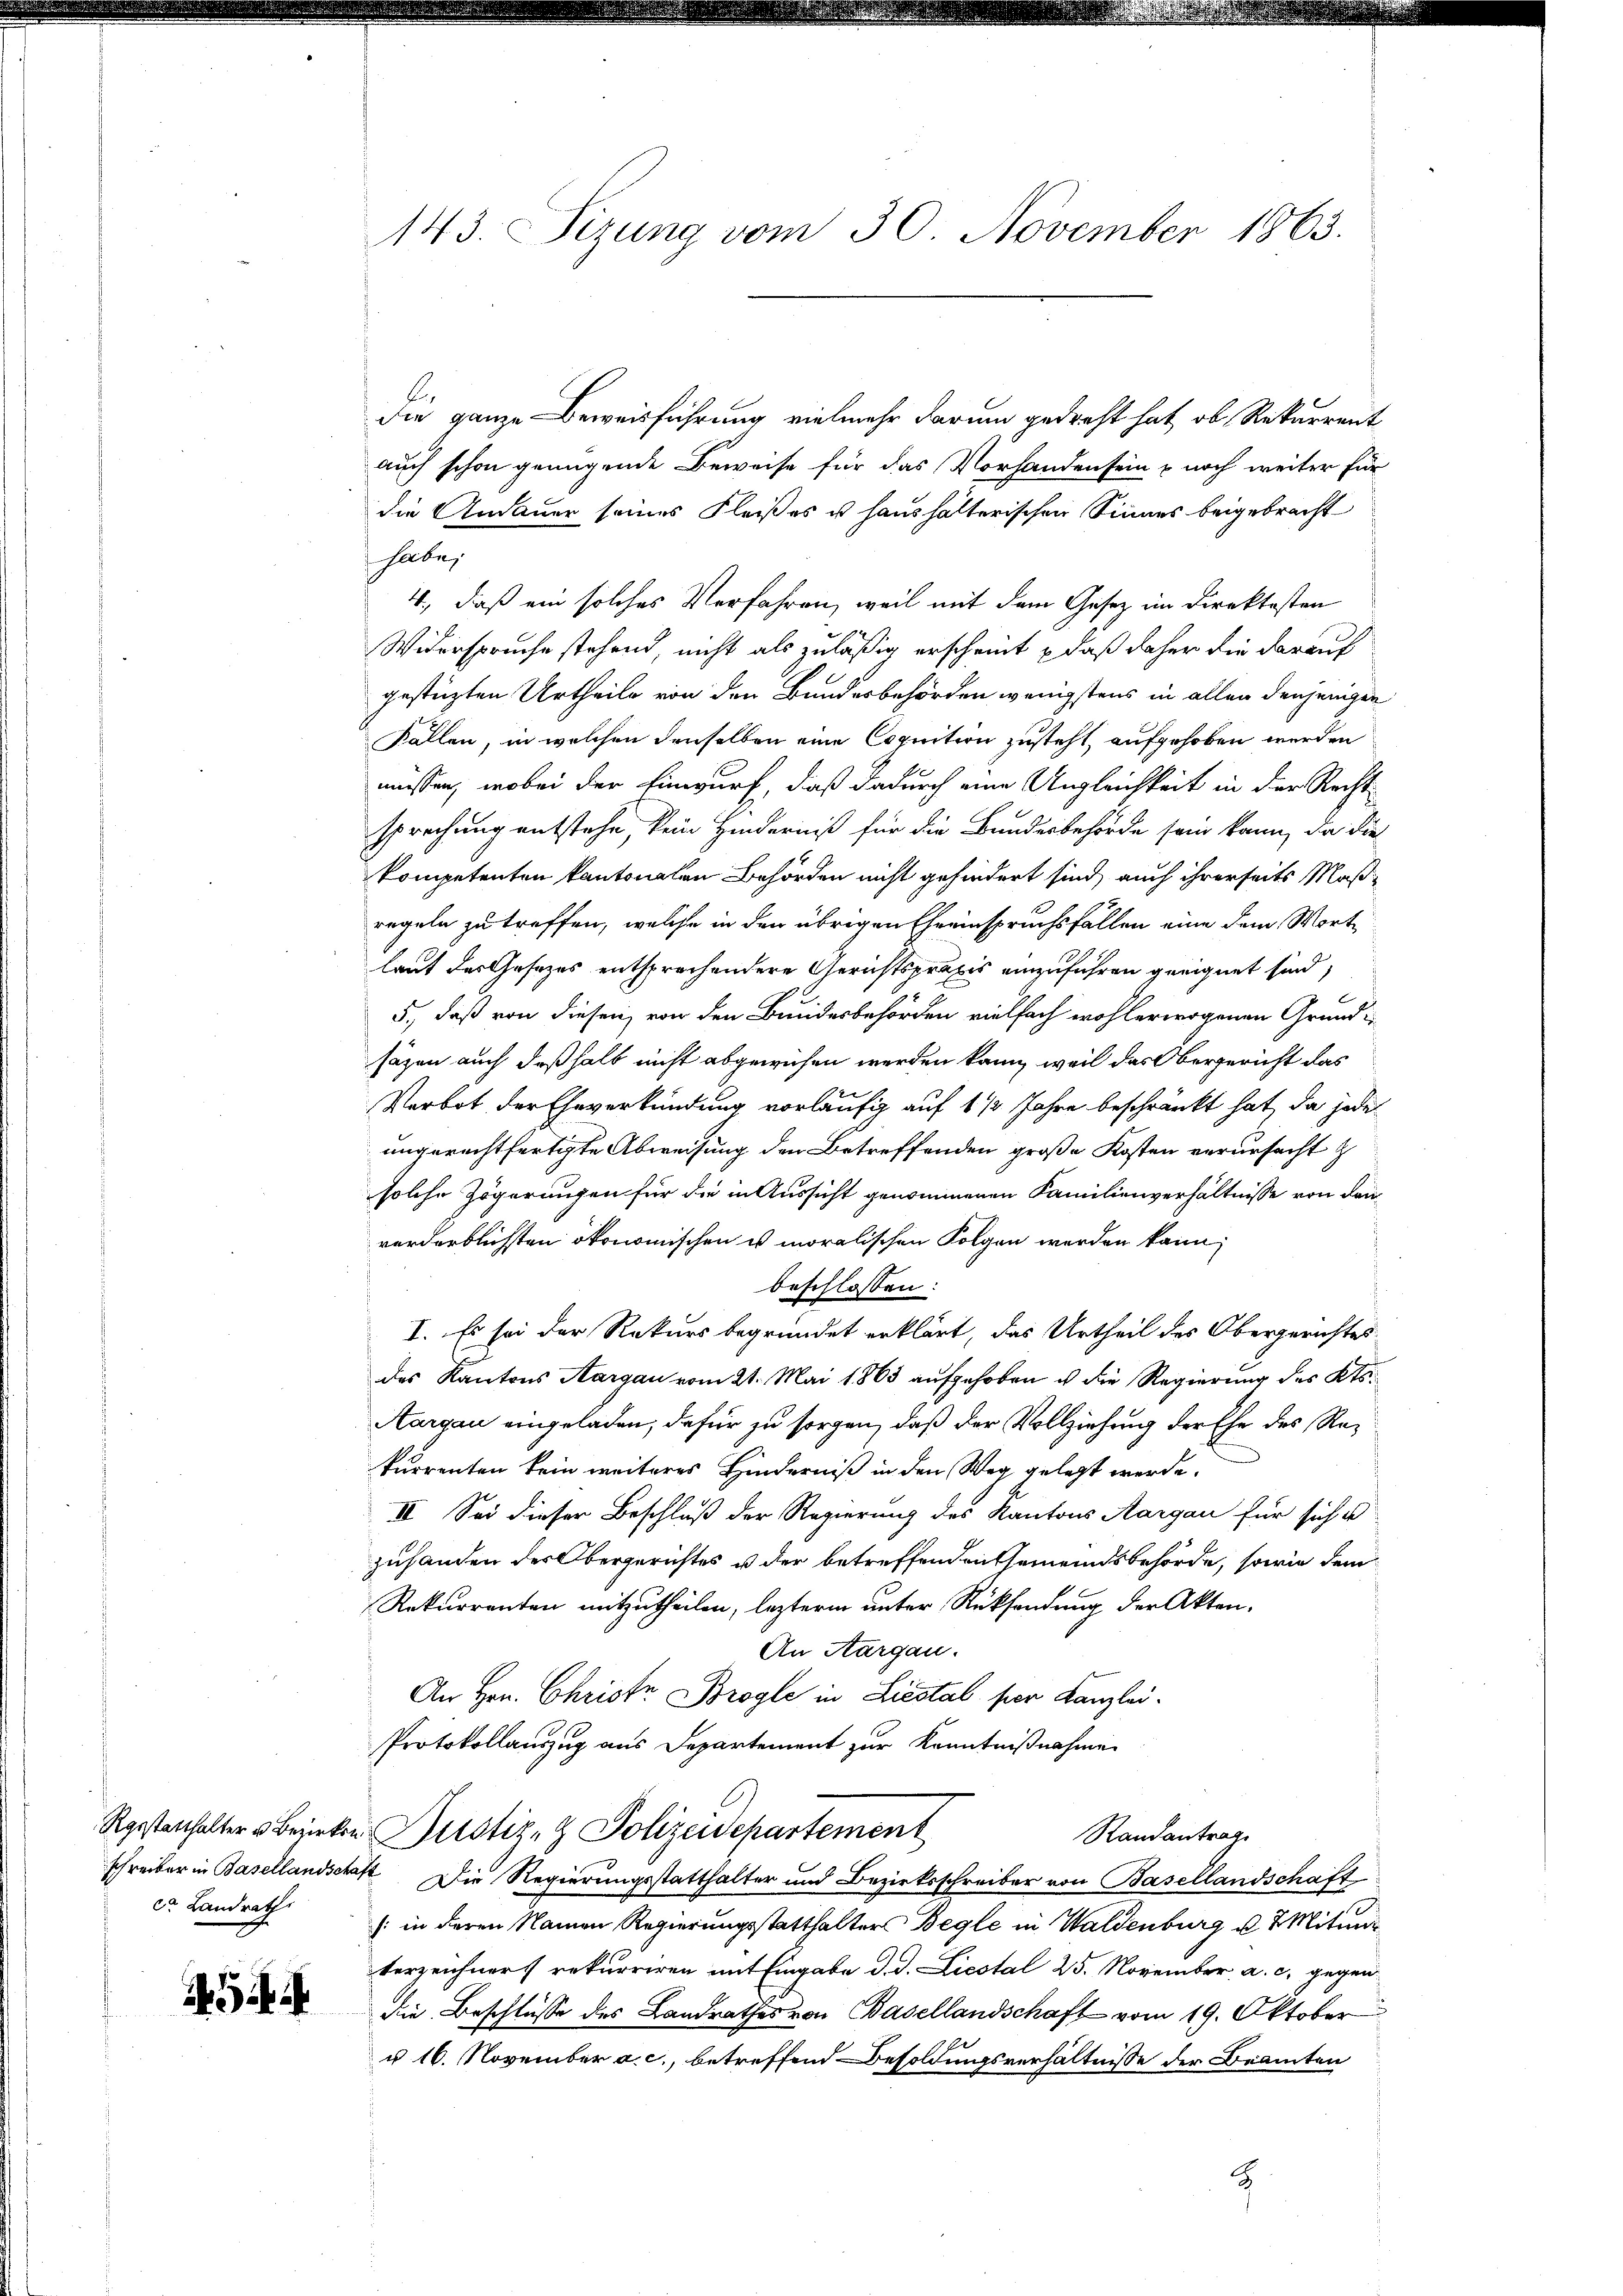
Rgsstatthalter u. Bezirken.
schreiber in Basellandscha,
de Landrath

143. Sizung vom 30. November 1863.

Die ganze Beweisführung vielmehr darum gedroht hat, ob Rekurrent
auch schon genügende Beweise für das Vorhanden sein – noch weiter für
die Andauer seines Fleißes u. haushalterischen Sinnes beigebracht
habe,
4, daß ein solches Verfahren, weil mit dem Gesetz im Direktesten
Widerspruche stehend, nicht als zuläßig erscheint, daß daher die darauf
gestüzten Urtheile von den Bundesbehörden wenigstens in allen denjenigen
Fallen, in welchen denselben eine Cognition zusteht, aufgehoben werden
müssen, wobei der Einwurf, daß dadurch eine Ungleichkeit in der Rechtsprechung entstehe, kein Hinderniß für die Bundesbehörde sein kann, da die
kompetenten kantonalen Behörden nicht gehindert sind, auch ihrerseits Maßregeln zu treffen, welche in den übrigen Eheeinspruchsfällen eine dem Wort
laut des Gesezes entsprechendere Gerichtspraxis einzuführen geeignet sind,
5., daß von diesen von den Bundesbehörden vielfach wohlerwogenen Grund i
säzen auch deßhalb nicht abgewiesen werden kann, weil das Obergericht das
Verbot der Eheverkündung vorläufig auf 1 ½ Jahre beschränkt hat, da jede
angerechtfertigte Abweisung den Betreffenden große Kosten verursacht z
solche Zögerungen für die in Aussicht genommenen Familienverhältnisse von denvorderblichsten ökonomischen es moralischen Folgen werden kann;
beschlossen:
I. Es sei der Rekurs begründet erklärt, das Urtheil des Obergerichtes
des Kantons Aargau vom 21. Mai 1863 aŭfgehoben u die Regierŭng des Kts.
Aargau eingeladen, dafür zu sorgen, daß der Vollziehung der Ehe des Rekurrenten kein weiteres Hinderniß in den Weg gelegt werde.
II. Sei dieser Beschluß der Regierung des Kantons Aargau für sich u
zuhanden des Obergerichtes u der betreffenden Gemeindsbehörde, sowie dem
Rekurrenten mitzutheilen, lezterm unter Rücksendung der Akten¬
An Aargau.
An Hrn. Christe Brogle in Liestal per Kanzlei¬
Protokollauszug aus Departement zur Kenntnißnahmen
Justiz- & Polizeidepartement
Randantrage
4. Die Regierungsstatthalter und Bezirksschreiber von Basellandschaft
: in deren Namen Regierungsstatthalters Begle in Waldenburg u. 7 Mitun
terzeichners rekurriren mit Eingabe d. J. Liestal 25. November a. c. gegen
die Beschlüsse des Landrathes von Basellandschaft vom 19. Oktober
u 16. November a. c., betreffend Besoldungsverhältnisse der Beamten
2